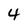
Character: 4